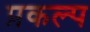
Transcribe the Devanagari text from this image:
प्रकल्‍प